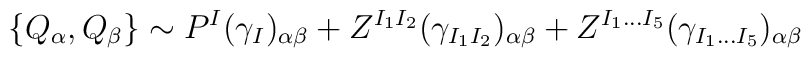
\{Q_\alpha, Q_\beta\} \sim P^I (\gamma_I)_{\alpha \beta} + Z^{I_1 I_2}(\gamma_{I_1 I_2})_{\alpha \beta}+ Z^{I_1 \ldots I_5}(\gamma_{I_1 \ldots I_5})_{\alpha \beta}